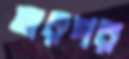
তারপর